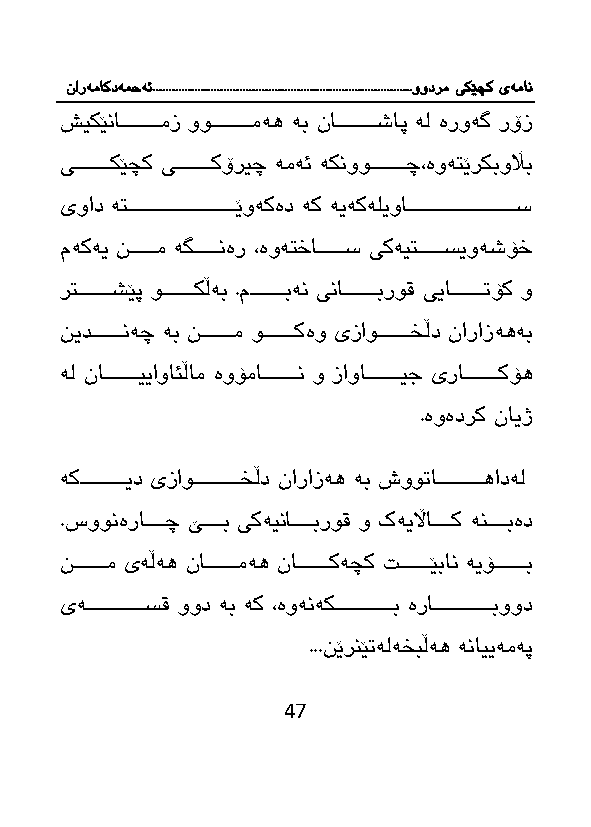
نارەماکدەمحە ئ.................................................................................وودرم یکێچک یەمان
 شیكێناااااااااااامز ووااااااااااامەه ەب نااااااااااااشاپ ەل ەروەگ رۆز
 یااااااااااكێچك یااااااااااكۆریچ ەمەئ ەكنووااااااااااچ،ەوەتێركبوڵاب
 یواد ەتاااااااااااااااااااااااااااااێوەكەد ەك ەیەكەلیوااااااااااااااااااااااااااااااس
 مەكەی نااااااام ەگااااااانەر ،ەوەتخااااااااس یكەیتاااااااسیوەشۆخ
 رتاااااااااشێپ واااااااااكڵەب .مااااااااابەن یناااااااااابروق ییاااااااااا ۆك و
 نیدااااااااانەچ ەب نااااااااام واااااااااكەو یزاواااااااااخڵد نارازەهەب
 ەل ناااااااااااییاوائڵام ەوۆمااااااااااان و زاوااااااااااایج یراااااااااااكۆه
 .ەوەدرك نایژ
 ەكااااااااااااید یزاوااااااااااااخڵد نارازەه ەب شوو اااااااااااااهادەل
 . وونەراااااااچ ێااااااب یكەینااااااابروق و كەیڵااااااااك ەناااااابەد
 نااااااااام یەڵەه ناااااااااامەه نااااااااااكەچك اااااااااێبان ەیۆاااااااااب
 یەااااااااااااااااسق وود ەب ەك ،ەوەنەكااااااااااااااااب ەرااااااااااااااااابوود
 ...نێرنێ ەلەخبڵەه ەناییەمەپ
 47